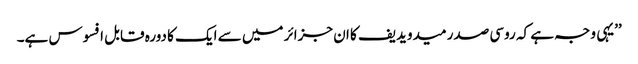
’’یہی وجہ ہے کہ روسی صدر میدویدیف کا ان جزائر میں سے ایک کا دورہ قابل افسوس ہے۔